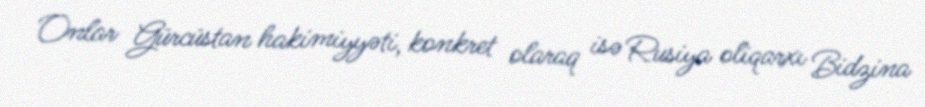
Onlar Gürcüstan hakimiyyəti, konkret olaraq isə Rusiya oliqarxı Bidzina